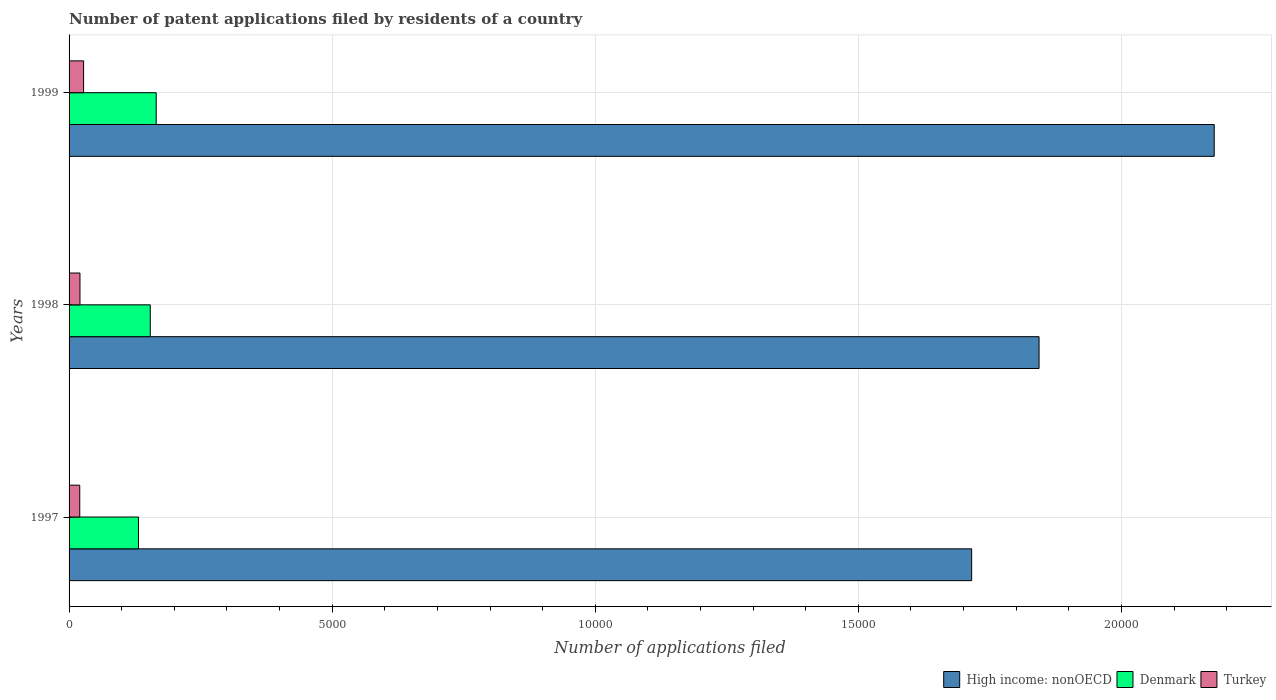
| Years | High income: nonOECD | Denmark | Turkey |
 | --- | --- | --- | --- |
 | 1997 | 1.72e+04 | 1.32e+03 | 203 |
 | 1998 | 1.84e+04 | 1.54e+03 | 207 |
 | 1999 | 2.18e+04 | 1.66e+03 | 276 |